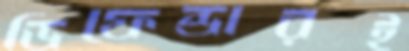
ডিফেন্ডারই